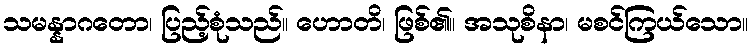
သမန္နာဂတော၊ ပြည့်စုံသည်။ ဟောတိ၊ ဖြစ်၏။ အသုစိနာ၊ မစင်ကြယ်သော။